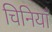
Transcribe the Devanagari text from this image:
चिनियाँ